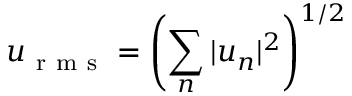
u _ { \mathrm { ~ r ~ m ~ s ~ } } = \left( \sum _ { n } | u _ { n } | ^ { 2 } \right) ^ { 1 / 2 }